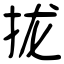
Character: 拢